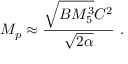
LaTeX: M _ { p } \approx { \frac { \sqrt { B M _ { 5 } ^ { 3 } } C ^ { 2 } } { \sqrt { 2 \alpha } } } \ .